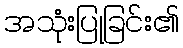
အသုံးပြုခြင်း၏